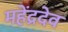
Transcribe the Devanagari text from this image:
महेंद्रदेव